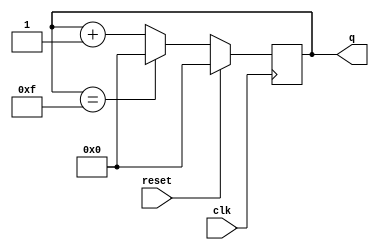
module top_module (
    input clk,
    input reset,      // Synchronous active-high reset
    output [3:0] q);
    
    always @(posedge clk)    begin
        if(reset)
            q <= 4'b0000;
        else      begin
            if(q == 4'b1111)
                q <= 4'b0000;
            else
                q <= q+1;
        end
    end

endmodule